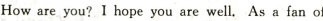
Howare you?I hope you are well. As a fan of